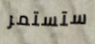
ستستمر